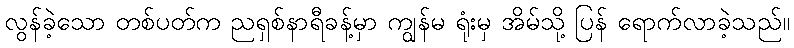
လွန်ခဲ့သော တစ်ပတ်က ညရှစ်နာရီခန့်မှာ ကျွန်မ ရုံးမှ အိမ်သို့ ပြန် ရောက်လာခဲ့သည်။